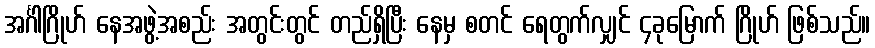
အင်္ဂါဂြိုဟ် နေအဖွဲ့အစည်း အတွင်းတွင် တည်ရှိပြီး နေမှ စတင် ရေတွက်လျှင် ၄ခုမြောက် ဂြိုဟ် ဖြစ်သည်။